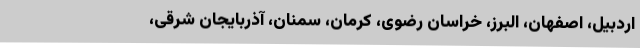
اردبیل، اصفهان، البرز، خراسان رضوی، کرمان، سمنان، آذربایجان شرقی،